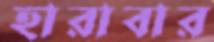
হারাবার